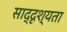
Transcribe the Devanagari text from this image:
साद्दृश्यता